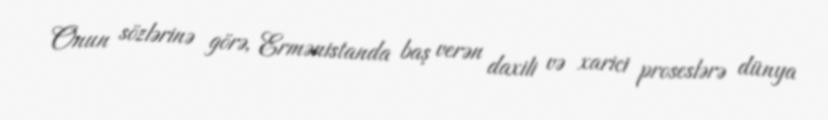
Onun sözlərinə görə, Ermənistanda baş verən daxili və xarici proseslərə dünya